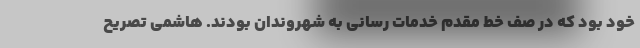
خود بود که در صف خط مقدم خدمات رسانی به شهروندان بودند. هاشمی تصریح